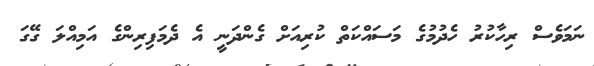
ނަމަވެސް ރިހާކުރު ހެދުމުގެ މަސައްކަތް ކުރިއަށް ގެންދަނީ އެ ދެމަފިރިންގެ އަމިއްލަ ގޭގަ